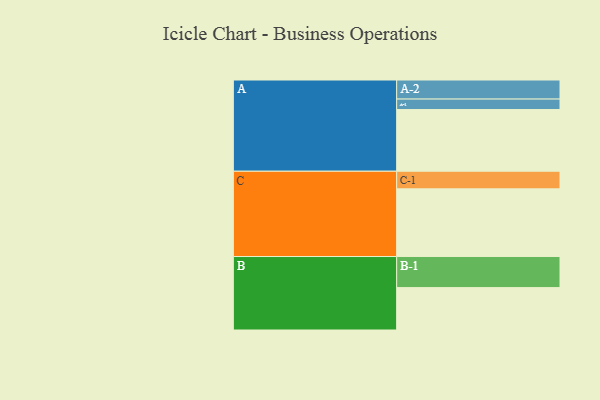
{"axis": {"x": "Segment", "y": "Value"}, "legend": ["", "A", "B", "C"], "data": [{"x": "A", "y": 476, "type": ""}, {"x": "B", "y": 327, "type": ""}, {"x": "C", "y": 522, "type": ""}, {"x": "A-1", "y": 81, "type": "A"}, {"x": "A-2", "y": 147, "type": "A"}, {"x": "B-1", "y": 240, "type": "B"}, {"x": "C-1", "y": 136, "type": "C"}]}